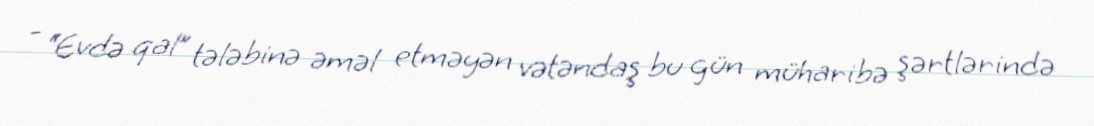
- “Evdə qal” tələbinə əməl etməyən vətəndaş bu gün müharibə şərtlərində